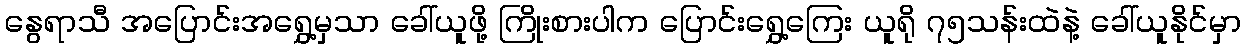
နွေရာသီ အပြောင်းအရွှေ့မှသာ ခေါ်ယူဖို့ ကြိုးစားပါက ပြောင်းရွှေ့ကြေး ယူရို ၇၅သန်းထဲနဲ့ ခေါ်ယူနိုင်မှာ